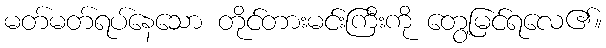
မတ်မတ်ရပ်နေသော တိုင်တားမင်းကြီးကို တွေ့မြင်ရလေ၏။